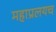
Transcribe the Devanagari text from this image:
महाप्रलयच